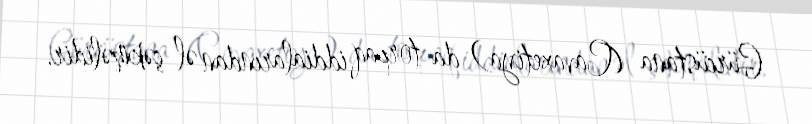
Gürcüstana (Cavaxetiya) da torpaq iddialarından əl çəkməlidir.